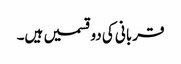
قربانی کی دوقسمیں ہیں۔